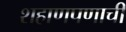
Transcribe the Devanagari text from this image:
शहाणपणाची